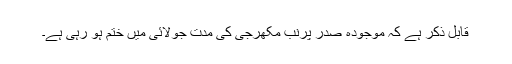
قابل ذکر ہے کہ موجودہ صدر پرنب مکھرجی کی مدت جولائی میں ختم ہو رہی ہے۔